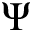
\Psi